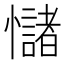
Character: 𢥃